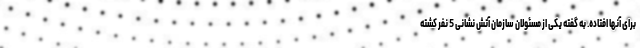
برای آنها افتاده. به گفته یکی از مسئولان سازمان آتش نشانی 5 نفر کشته